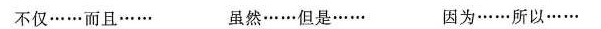
不仅……而且…… 虽然……但是…… 因为……所以……